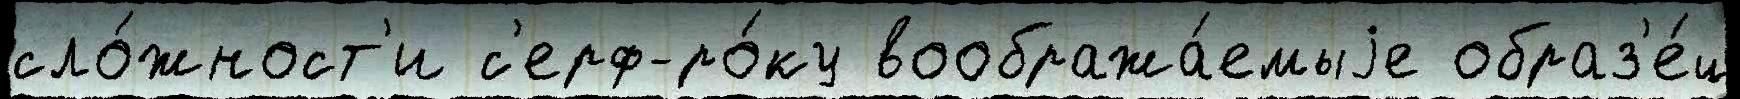
сло́жност'и с'ерф-ро́ку вообража́емыjе образ'е́ц